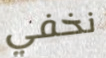
نخفي